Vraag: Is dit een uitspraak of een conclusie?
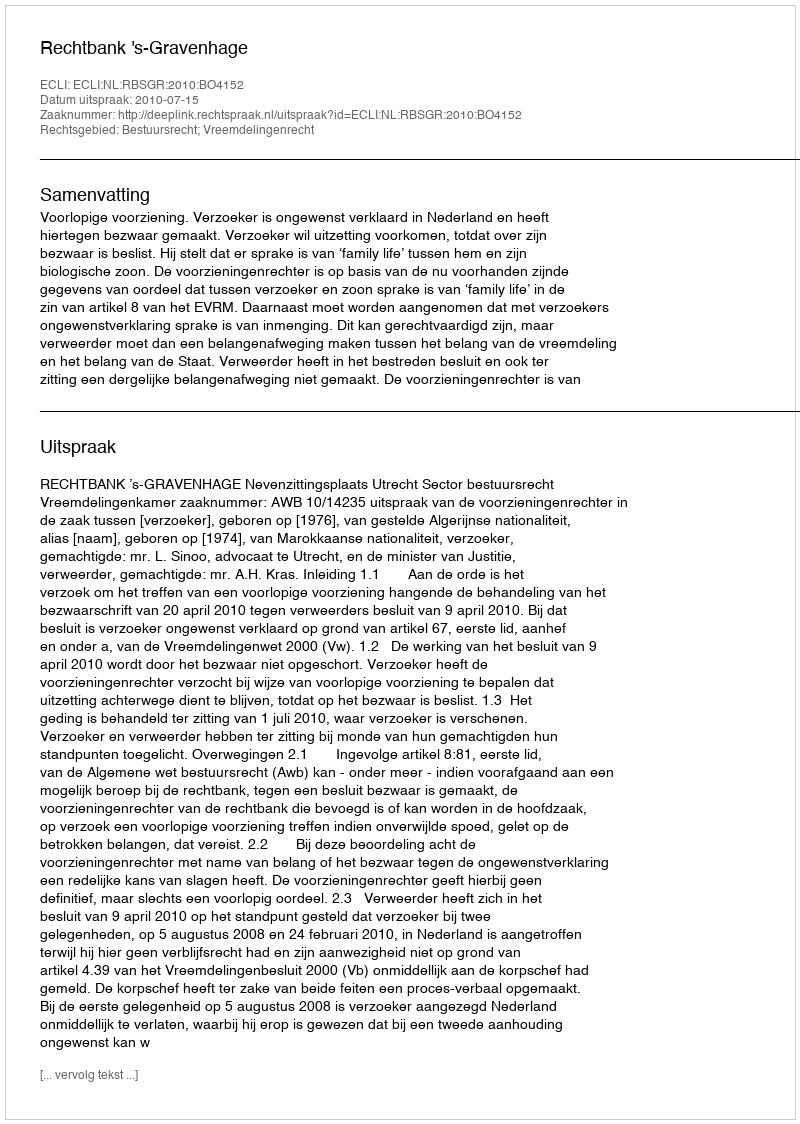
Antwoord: Uitspraak